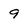
Character: 9